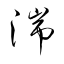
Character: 湍